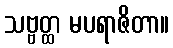
သဗ္ဗတ္ထ မပရာဇိတာ။